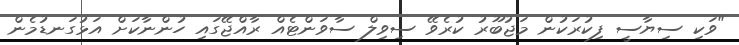
"ވަކި ސިޔާސީ ފިކުރަކުން މަޖުބޫރު ކުރެވޭ ސިވިލް ސާވަންޓެއް ރާއްޖޭގައި ހުންނާކަށް އަޅުގަނޑުމެން